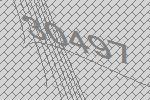
30497